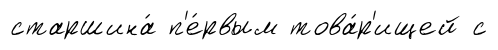
старшина́ п'е́рвым това́р'ищей с